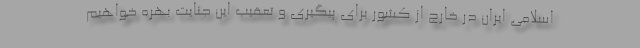
اسلامی ایران در خارج از کشور برای پیگیری و تعقیب این جنایت بهره خواهیم